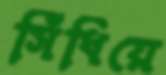
সিঁধিয়ে